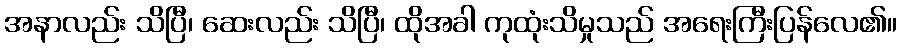
အနာလည်း သိပြီ၊ ဆေးလည်း သိပြီ၊ ထိုအခါ ကုထုံးသိမှုသည် အရေးကြီးပြန်လေ၏။